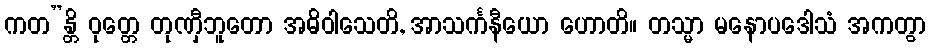
ကတ”န္တိ ဝုတ္တေ တုဏှီဘူတော အဓိဝါသေတိ, အာသင်္ကနီယော ဟောတိ။ တသ္မာ မနောပဒေါသံ အကတွာ